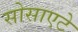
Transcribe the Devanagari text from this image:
सोसाएटे